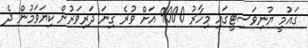
ގައުމީ ޔުނިވަސިޓީގައި މިހާރު 9000 އަށް ވުރެ ގިނަ ދަރިވަރުން ކިޔަވަމުން ދެ